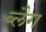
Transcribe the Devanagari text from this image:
ब्लैग